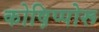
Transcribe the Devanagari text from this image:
कोष़िप्पोरू